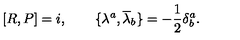
\lbrack R , P \rbrack = i , \qquad \lbrace \lambda ^ { a } , { \overline { { \lambda } } } _ { b } \rbrace = - \frac { 1 } { 2 } \delta _ { b } ^ { a } .